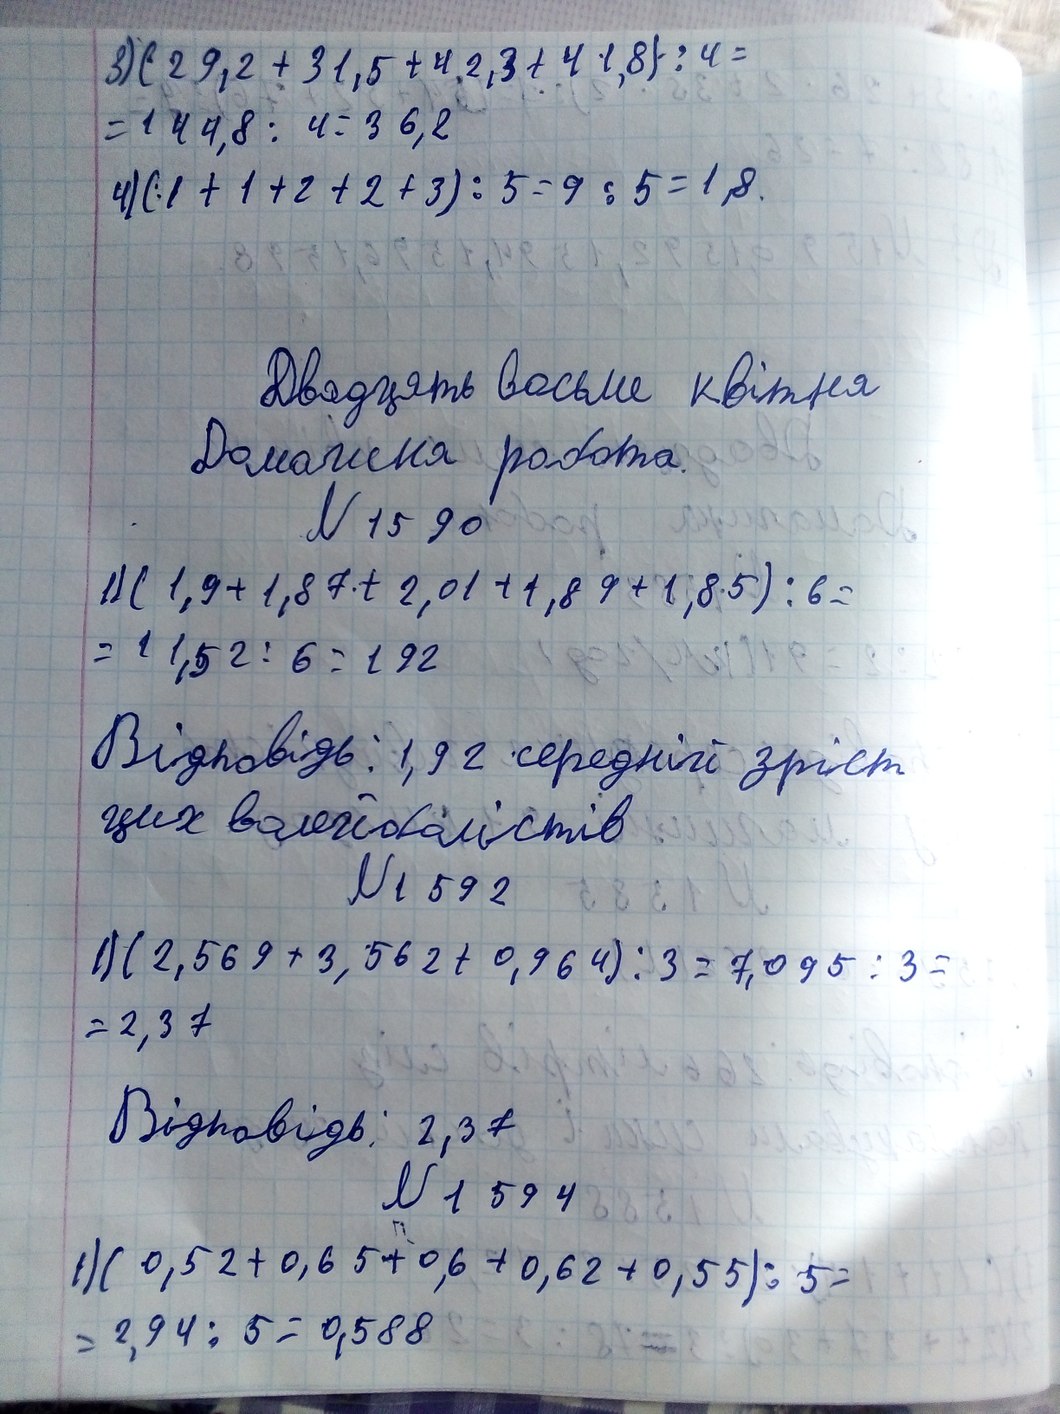
3) (29,2 + 31,5 + 42,3 + 41,8) : 4 =
= 144,8 : 4 = 36,2
4) (1 + 1 + 2 + 2 + 3) : 5 = 9 : 5 = 1,8.
Двадцять восьме квітня
Домашня робота.
№ 1590
1) (1,9 + 1,87 + 2,01 + 1,89 + 1,85) : 6 =
= 11,52 : 6 = 192
Відповідь: 1,92 середній зріст
цих волейболістів
№ 1592
1) (2,569 + 3,562 + 0,964) : 3 = 7,095 : 3 =
= 2,37
Відповідь: 2, 37
№ 1594
1) (0,52 + 0,65 + 0,6 + 0,62 + 0,55) : 5 =
= 2,94 : 5 = 0,588